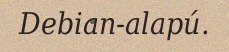
Debian-alapú.